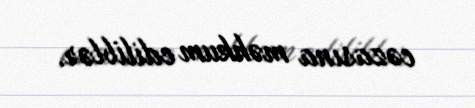
cəzasına məhkum ediliblər.